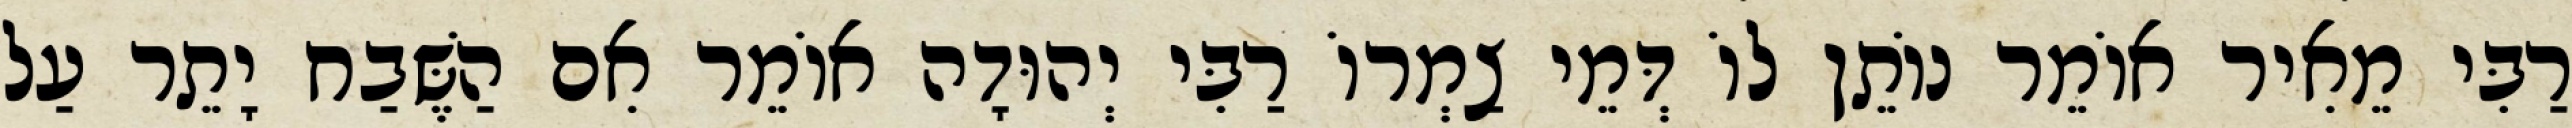
רַבִּי מֵאִיר אוֹמֵר נוֹתֵן לוֹ דְּמֵי צַמְרוֹ רַבִּי יְהוּדָה אוֹמֵר אִם הַשֶּׁבַח יָתֵר עַל